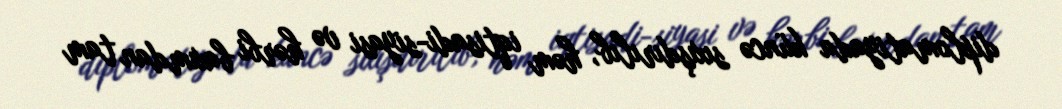
diplomatiyada küncə sıxışdırılıb, həm iqtisadi-siyasi və hərbi baxımdan tam